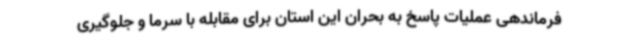
فرماندهی عملیات پاسخ به بحران این استان برای مقابله با سرما و جلوگیری